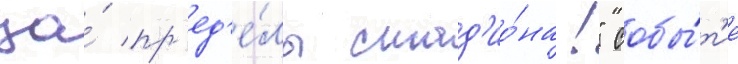
за́ пр'ед'е́лы стад'ио́на!" собы́т'ие